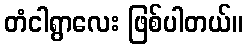
တံငါရွာလေး ဖြစ်ပါတယ်။